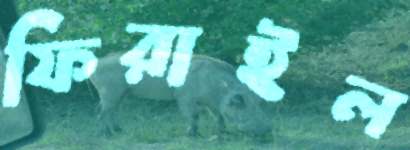
ফিরাইল